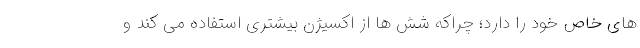
های خاص خود را دارد؛ چراکه شش ها از اکسیژن بیشتری استفاده می کند و